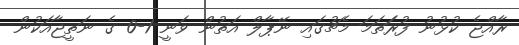
ރާއްޖެ ކުޅުނު ފުރަަތަމަ މެޗުގައި ނޭޕާލް އަތުން ވަނީ 1-0 ގެ ނަތީޖާއަކުން